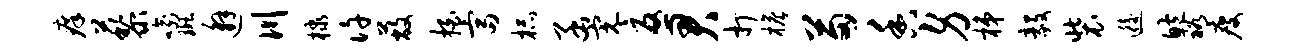
痒藜喻斑邂川棣许蔽拍富杯函完忧君打檐苗香身梯毅装逅鲍裕瘦